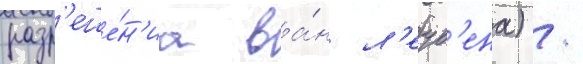
разр'еше́н'иа ва́н л'еув'ена) /